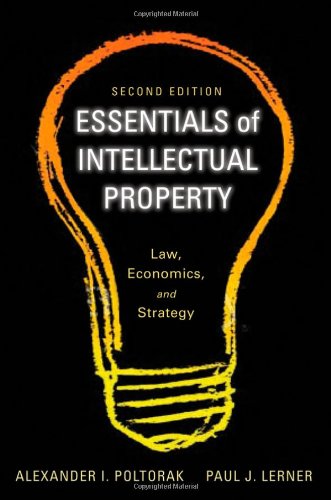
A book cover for Essentials of Intellectual Property: Law, Economics, and Strategy; Alexander I. Poltorak; Business & Money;